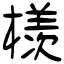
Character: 檨